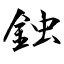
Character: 鉵